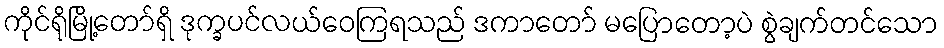
ကိုင်ရိုမြို့တော်ရှိ ဒုက္ခပင်လယ်ဝေကြရသည် ဒကာတော် မပြောတော့ပဲ စွဲချက်တင်သော